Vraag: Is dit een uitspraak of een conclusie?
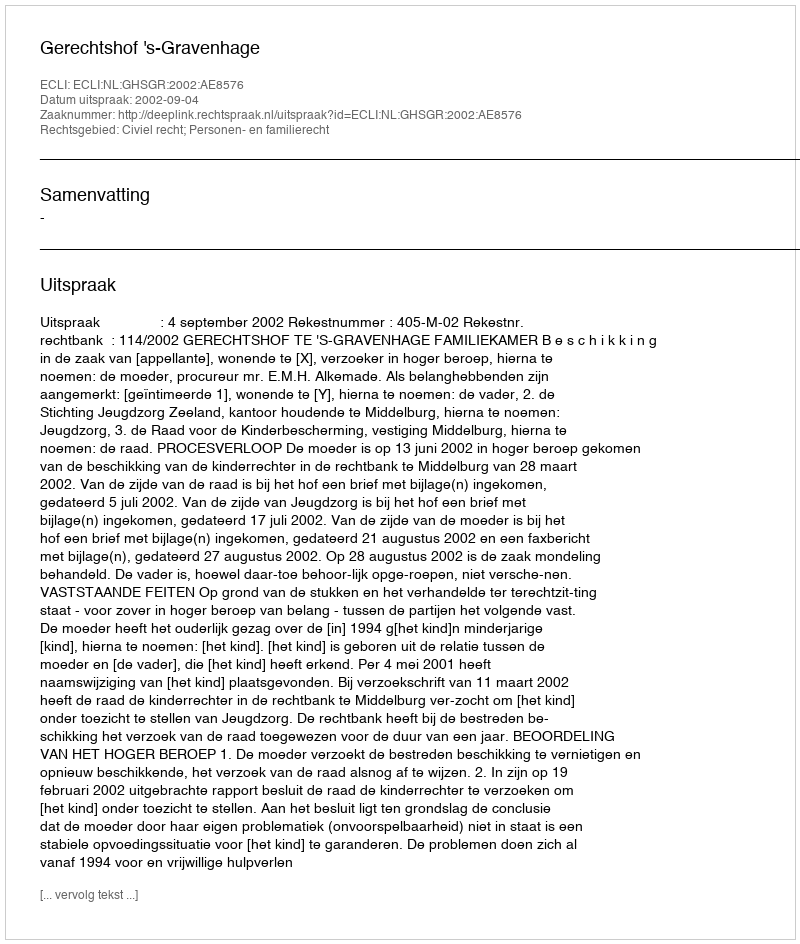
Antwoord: Uitspraak